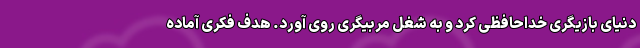
دنیای بازیگری خداحافظی کرد و به شغل مربیگری روی آورد. هدف فکری آماده